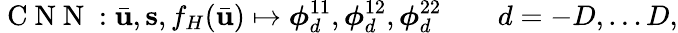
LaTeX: \mathrm{~C~N~N~}:\bar{\mathbf{u}},\mathbf{s},f_{H}(\bar{\mathbf{u}})\mapsto\boldsymbol{\phi}_{d}^{11},\boldsymbol{\phi}_{d}^{12},\boldsymbol{\phi}_{d}^{22}\qquad d=-D,\ldots D,